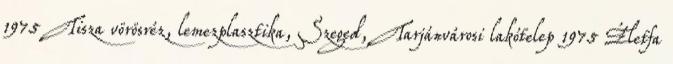
1975 Tisza vörösréz, lemezplasztika, Szeged, Tarjánvárosi lakótelep 1975 Életfa